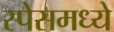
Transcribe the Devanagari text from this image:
स्पेसमध्ये